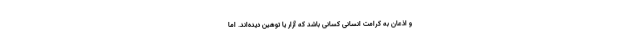
و اذعان به کرامتِ انسانیِ کسانی باشد که آزار یا توهین دیده‌اند. اما